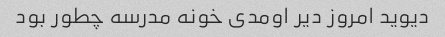
دیوید امروز دیر اومدی خونه مدرسه چطور بود